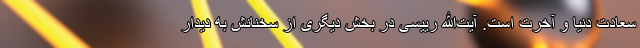
سعادت دنیا و آخرت است. آیت‌الله رییسی در بخش دیگری از سخنانش به دیدار